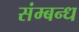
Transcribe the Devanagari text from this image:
संम्बन्ध